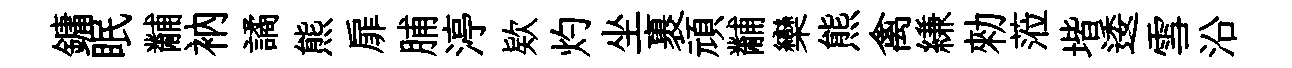
鏞眠黼衲譎熊扉脯渟欵灼坐裹頑黼欒熊禽縑勑蒞堦逶雪沿